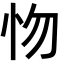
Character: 𢗘